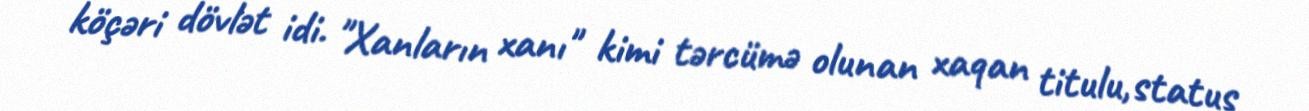
köçəri dövlət idi. "Xanların xanı" kimi tərcümə olunan xaqan titulu,status